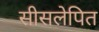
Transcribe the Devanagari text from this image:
सीसलेपित